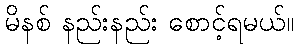
မိနစ် နည်းနည်း စောင့်ရမယ်။